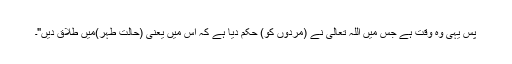
پس یہی وہ وقت ہے جس میں اللہ تعالیٰ نے (مردوں کو) حکم دیا ہے کہ اس میں یعنی (حالت طہر)میں طلاق دیں"۔